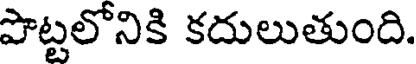
పొట్టలోనికి కదులుతుంది.